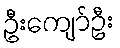
ဦးကျော်ဦး